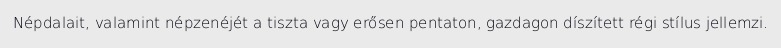
Népdalait, valamint népzenéjét a tiszta vagy erősen pentaton, gazdagon díszített régi stílus jellemzi.